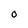
Character: O